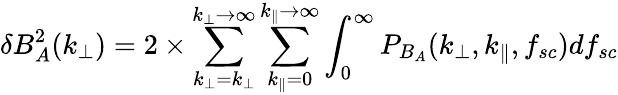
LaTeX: \delta B_{A}^{2}(k_{\perp})=2\times\sum_{k_{\perp}=k_{\perp}}^{k_{\perp}\rightarrow\infty}\sum_{k_{\parallel}=0}^{k_{\parallel}\rightarrow\infty}\int_{0}^{\infty}P_{B_{A}}(k_{\perp},k_{\parallel},f_{sc})df_{sc}